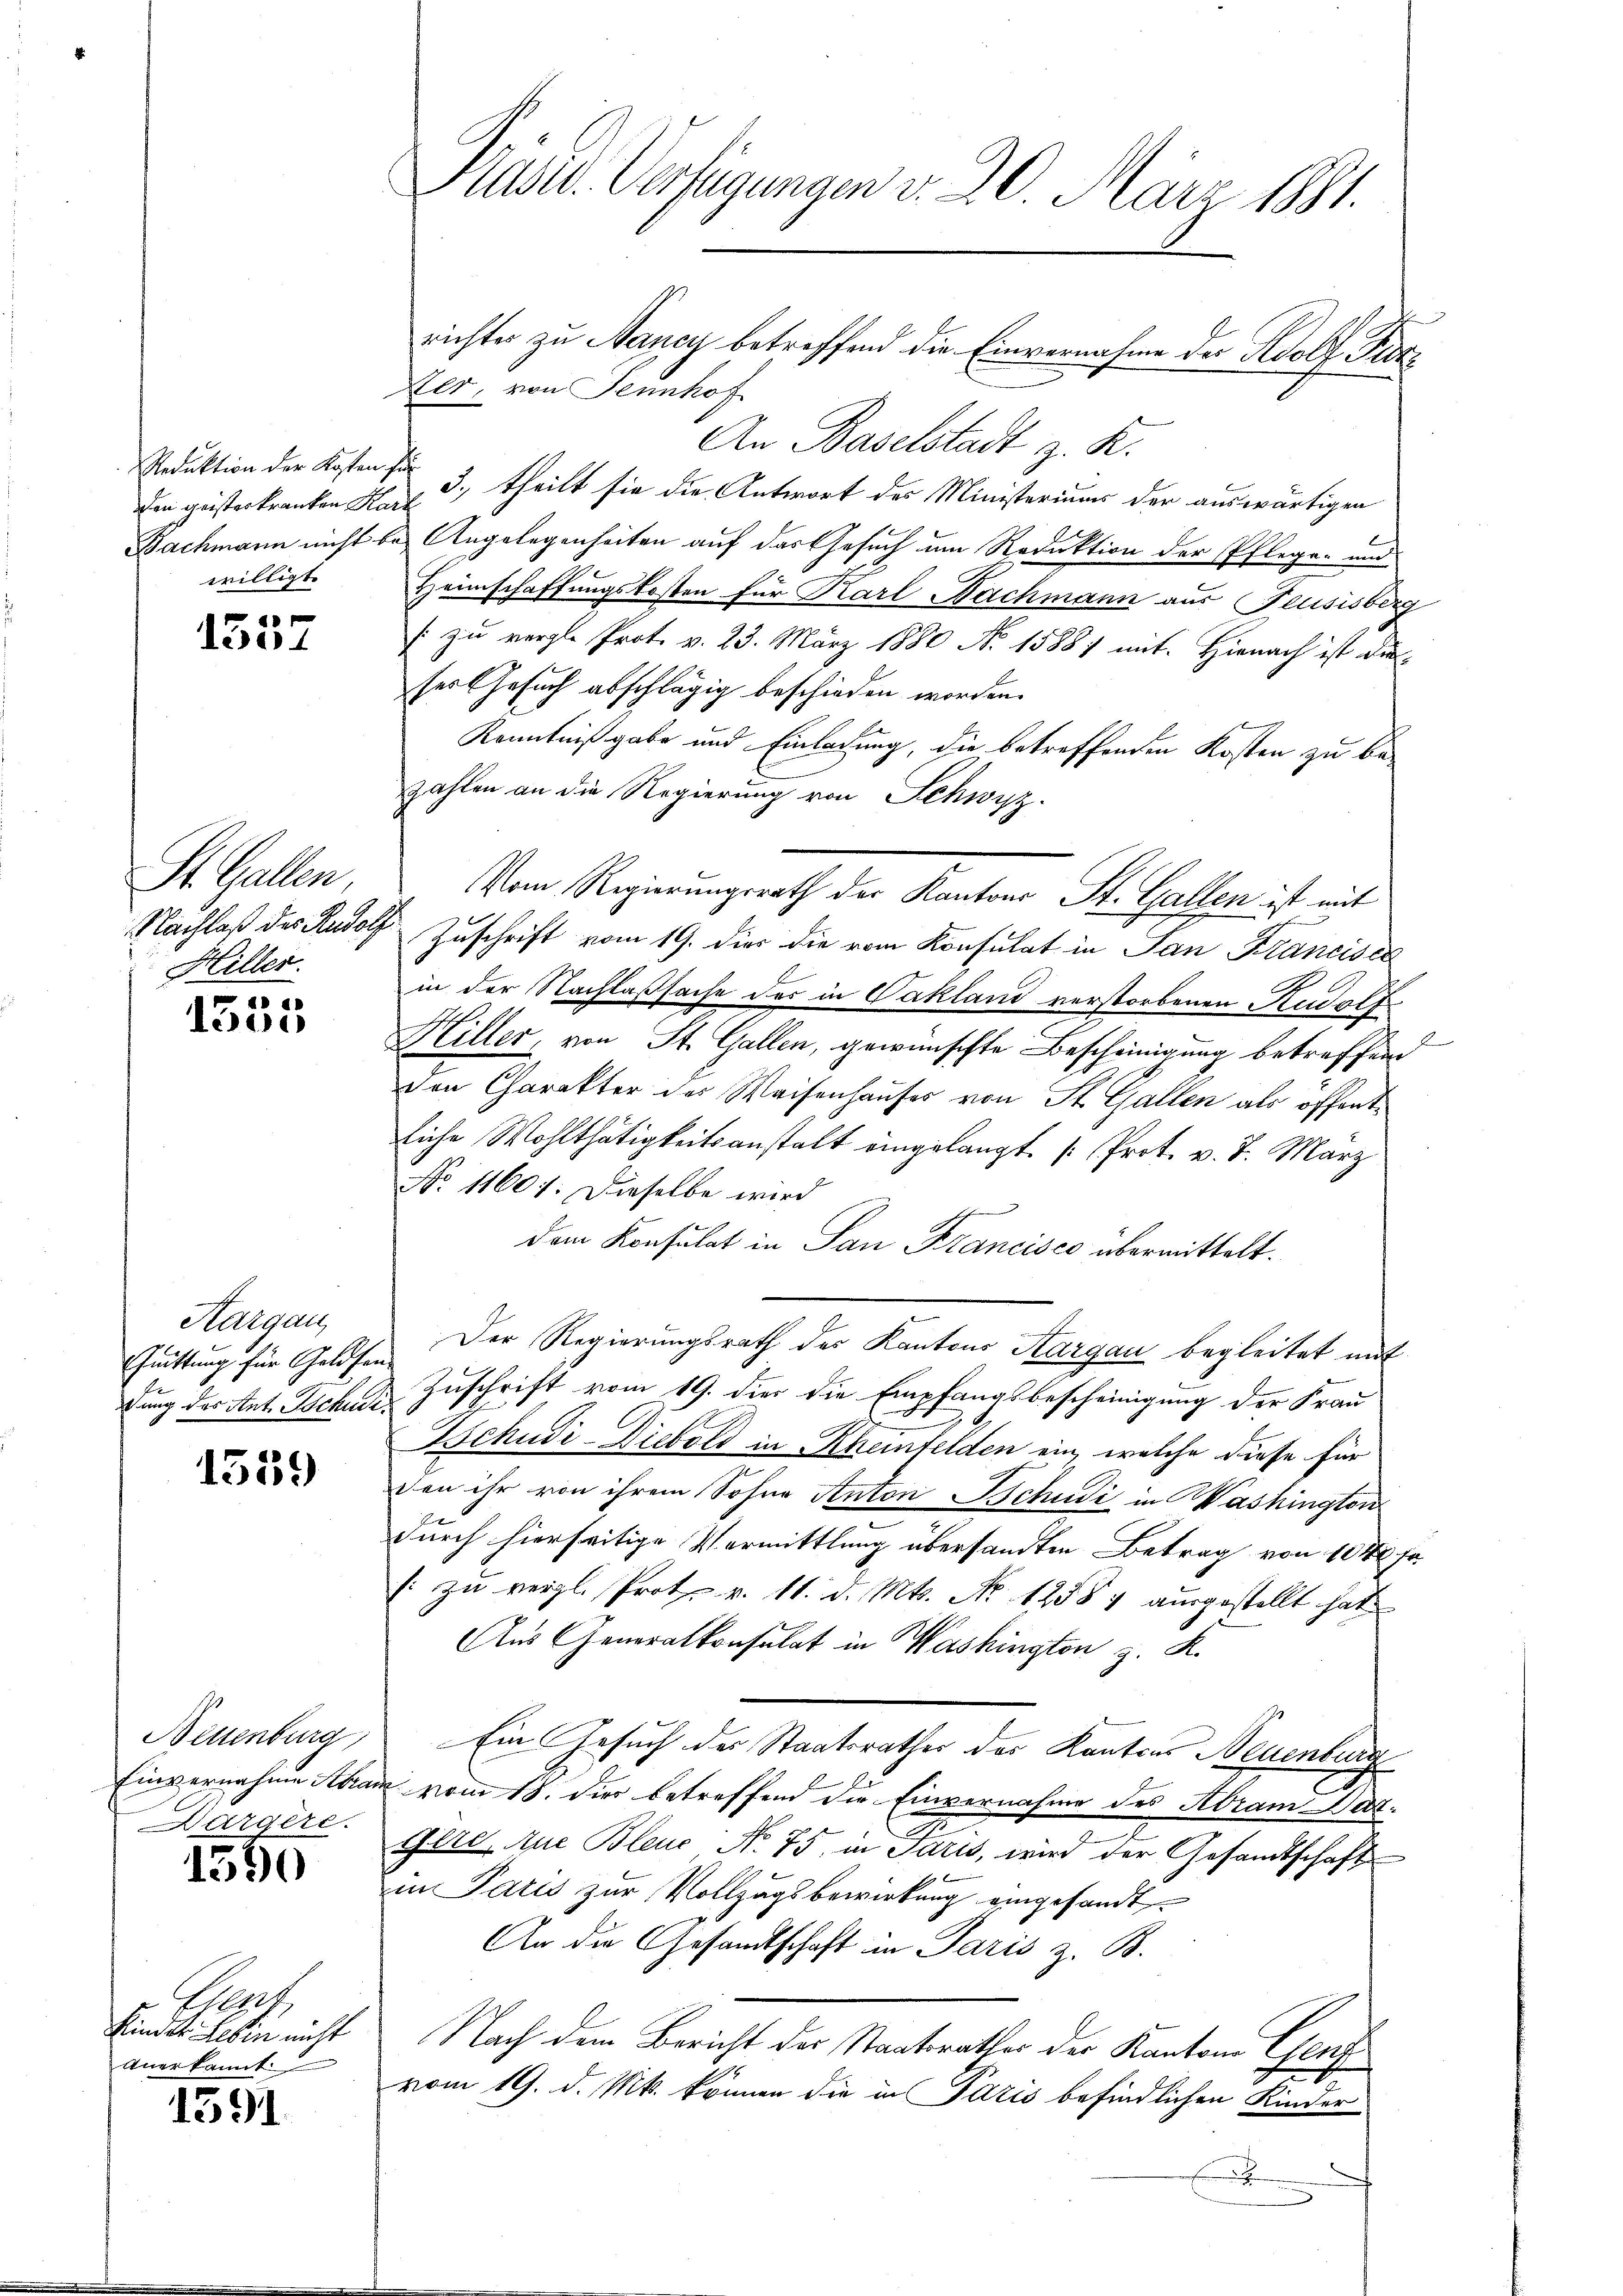
den geisterkranken Kart
willigt.

1337

St. Gallen,
Hiller.

1535

Hergan
Chuittung für Geldsen
dung des Ant. Tochudi¬

1559

Neuenburg,
Einvernahme Abran
ärgere

1590

Heget
Kinder Leben nicht
Anerkannt.

1391

Pase. Verfügungen v. 20. März 1881.

Ker, von Sennhof
An Baselstadt z. R.
Reduktion der Kosten für 3., theilt sie die Antwort des Ministeriums der auswärtigen
Bachmann nicht bei Angelegenheiten auf das Gesuch um Reduktion der Pflegen und
Heimschaffungskosten für Karl Nachmann aus Feusisberg
s zu vergl. Prot. v. 23. März 1880 No 1588) mit. Hienach ist die
ses Gesuch abschlägig beschieden worden.
Kenntnißgabe und Einladung, die betreffenden Kosten zu bezahlen an die Regierung von Schwyz.
Vom Regierungsrath der Kantons St. Gallen ist mit
Nachlaß des Rudolf Zuschrift vom 19. dies die vom Konsulat in San Francisci
in der Nachlaßsache der in Vakland verstorbenen Rudolf
Hiller, von St. Gallen, gewünschte Bescheinigung betreffen
Den Charakter der Weisenhauses von St. Gallen als öffent
liche Wohlthätigkeitsanstalt eingelangt [Prot. v. 7. März
No 11601. Dieselbe wird
dem Konsulat in San Francisco übermittelt.
Der Regierungsrath des Kantons Aargau begleitet mit
Zuschrift vom 19. die die Empfangsbescheinigung der Frau
Gschudi-Diebold in Rheinfelden ein, welche diese für
don ihr von ihrem Sohne Anton Schudi in Washington
durch hierseitige Vormittlung übersandten Betrag von 104 f
(: zu vergl. Protes v. 11. d. Mts. No 12587 ausgestellt hat.
Aus Generalkonsulat in Washington z. R.
Ein Gesuch der Staatsrathes des Kantons Neuenburg
Re
nemen
 vom 18. die betreffend die Einvernahme des Abramat¬
Gera Aue Bleue No. 75, in Paris, wird der Gesandtschaft
in Paris zur Vollzugsbewirkung eingesandt
An die Gesandtschaft in Paris z. B.
Nach dem Bericht der Staatsrathes der Kanton Genz
vom 19. d. Mts. können die in Pazis befindlichen Kinder
x

richter zu Nancy betreffend die Einvernahme der Koolf Fur¬

E